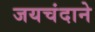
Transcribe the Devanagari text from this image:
जयचंदाने